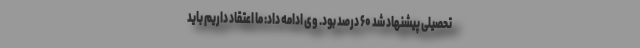
تحصیلی پیشنهاد شد ۶۰ درصد بود. وی ادامه داد: ما اعتقاد داریم باید